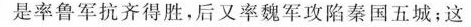
是率鲁军抗齐得胜，后又率魏军攻陷秦国五城;这